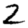
Digit: 2